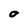
Character: O